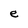
Character: e